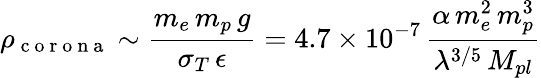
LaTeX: \rho_{\mathrm{~c~o~r~o~n~a~}}\sim\frac{m_{e}\, m_{p}\, g}{\sigma_{T}\, \epsilon}=4.7\times 10^{-7}\, \frac{\alpha\, m_{e}^{2}\, m_{p}^{3}}{\lambda^{3/5}\, M_{pl}}